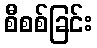
စီစစ်ခြင်း